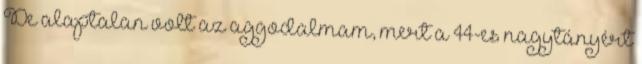
De alaptalan volt az aggodalmam, mert a 44-es nagytányért